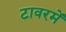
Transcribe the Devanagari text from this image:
टावरमें